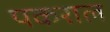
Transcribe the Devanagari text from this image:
पकराल